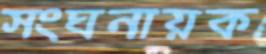
সংঘনায়ক